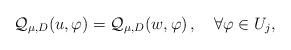
LaTeX: \begin{align*}\mathcal Q_{\mu,D}(u,\varphi)=\mathcal Q_{\mu,D}(w,\varphi)\,,\ \ \ \forall\varphi\in U_j,\end{align*}